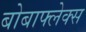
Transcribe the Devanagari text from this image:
बोबाफ्लेक्स